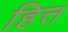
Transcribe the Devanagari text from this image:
हित्त